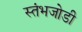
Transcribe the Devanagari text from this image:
स्तंभजोडी